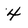
Character: 4